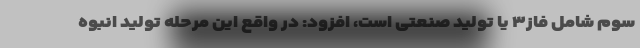
سوم شامل فاز۳ یا تولید صنعتی است، افزود: در واقع این مرحله تولید انبوه